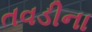
તવડીના